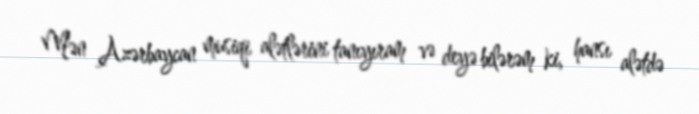
Mən Azərbaycan musiqi alətlərini tanıyıram və deyə bilərəm ki, hansı alətdə